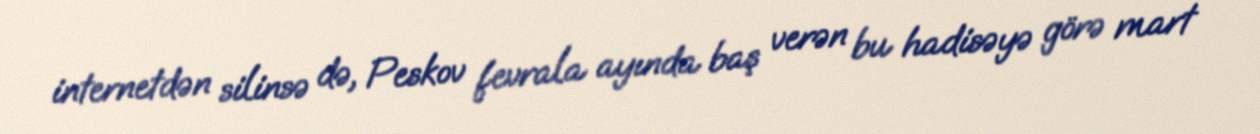
internetdən silinsə də, Peskov fevrala ayında baş verən bu hadisəyə görə mart